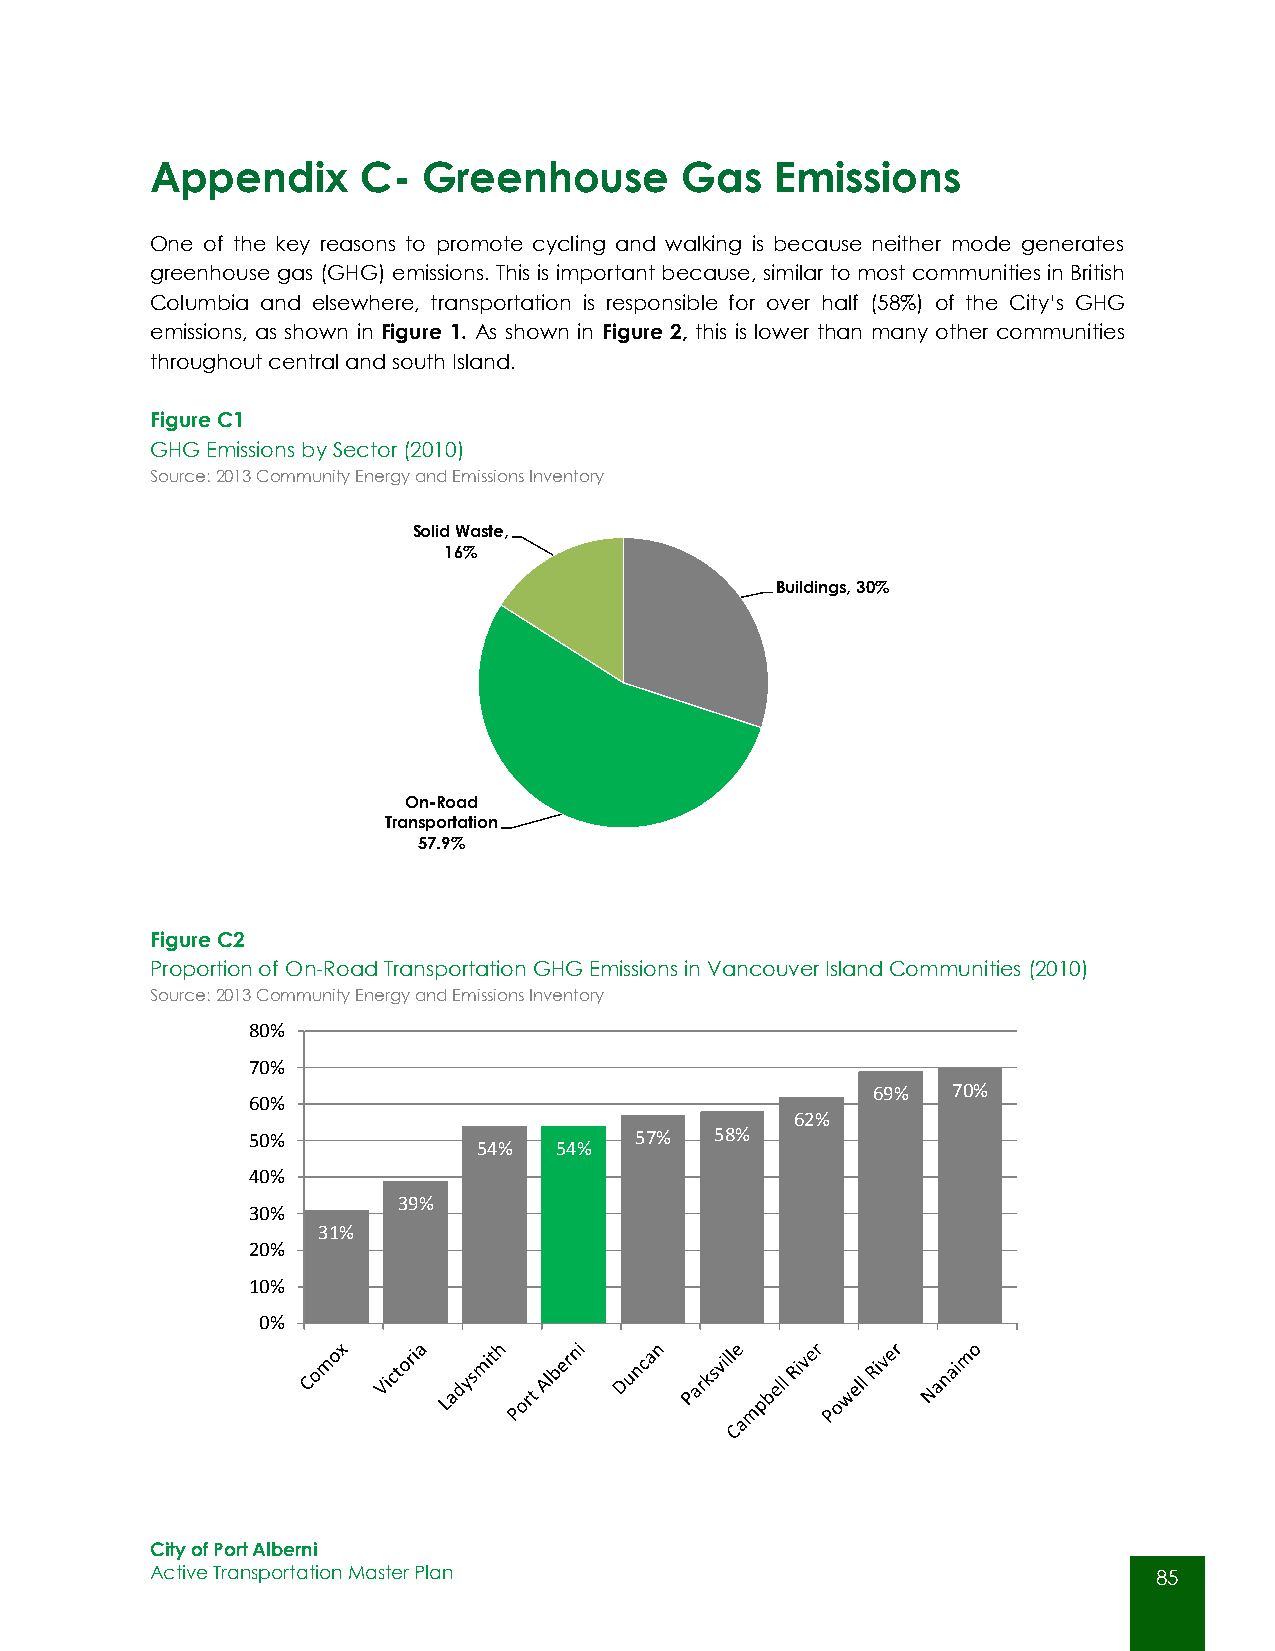
Appendix      C-  Greenhouse       Gas   Emissions
 One of the key reasons to promote cycling and walking is because neither mode generates
 greenhouse gas (GHG) emissions. This is important because, similar to most communities in British
 Columbia and elsewhere, transportation is responsible for over half (58%) of the City’s GHG
 emissions, as shown in Figure 1. As shown in Figure 2, this is lower than many other communities
 throughout central and south Island.
 Figure C1
 GHG Emissions by Sector (2010)
 Source: 2013 Community Energy and Emissions Inventory
 Solid Waste,
 16%
 Buildings, 30%
 On-Road
 Transportation
 57.9%
 Figure C2
 Proportion of On-Road Transportation GHG Emissions in Vancouver Island Communities (2010)
 Source: 2013 Community Energy and Emissions Inventory
 80%
 70%
 69%  70%
 60%
 62%
 50%                       57%  58%
 54%  54%
 40%
 39%
 30%
 31%
 20%
 10%
 0%
 City of Port Alberni
 Active Transportation Master Plan                                  85
 85